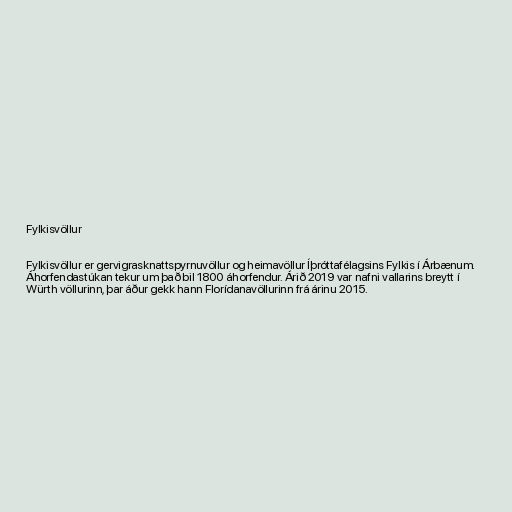
Fylkisvöllur

Fylkisvöllur er gervigrasknattspyrnuvöllur og heimavöllur Íþróttafélagsins Fylkis í Árbænum.
Áhorfendastúkan tekur um það bil 1800 áhorfendur. Árið 2019 var nafni vallarins breytt í
Würth völlurinn, þar áður gekk hann Florídanavöllurinn frá árinu 2015.